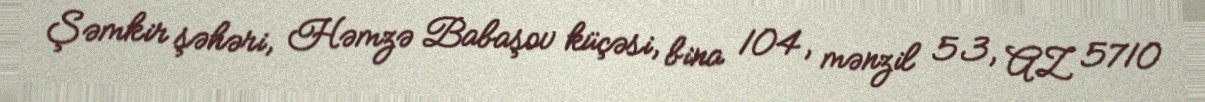
Şəmkir şəhəri, Həmzə Babaşov küçəsi, bina 104, mənzil 53, AZ 5710